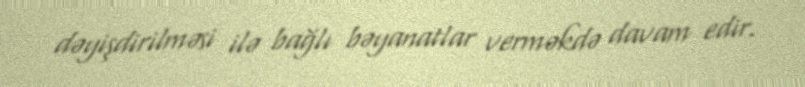
dəyişdirilməsi ilə bağlı bəyanatlar verməkdə davam edir.